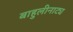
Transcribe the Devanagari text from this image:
बाहुलीनाट्य